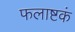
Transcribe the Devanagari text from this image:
फलाष्टकं